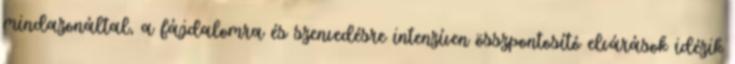
mindazonáltal, a fájdalomra és szenvedésre intenzíven összpontosító elvárások idézik